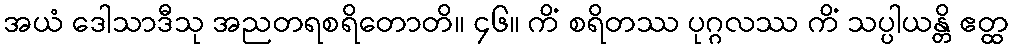
အယံ ဒေါသာဒီသု အညတရစရိတောတိ။ ၄၆။ ကိံ စရိတဿ ပုဂ္ဂလဿ ကိံ သပ္ပါယန္တိ ဧတ္ထ